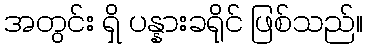
အတွင်း ရှိ ပန္နားခရိုင် ဖြစ်သည်။